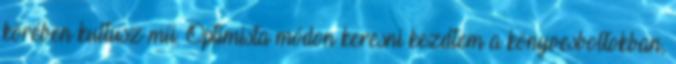
körében kultusz mű. Optimista módon keresni kezdtem a könyvesboltokban,